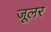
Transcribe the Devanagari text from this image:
जूलर